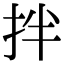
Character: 拌